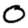
Digit: 0